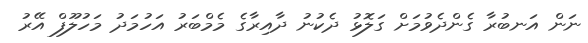
ނަން އަނބުރާ ގެންދެވުމަށް ގަލޮޅު ދެކުނު ދާއިރާގެ މެމްބަރު އަހުމަދު މަހުލޫފް އޭރު